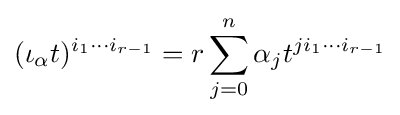
(\iota _{\alpha }t)^{i_{1}\cdots i_{r-1}}=r\sum _{j=0}^{n}\alpha _{j}t^{ji_{1}\cdots i_{r-1}}